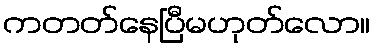
ကတတ်နေပြီမဟုတ်လော။